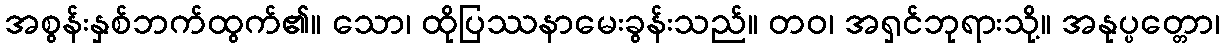
အစွန်းနှစ်ဘက်ထွက်၏။ သော၊ ထိုပြဿနာမေးခွန်းသည်။ တဝ၊ အရှင်ဘုရားသို့။ အနုပ္ပတ္တော၊